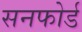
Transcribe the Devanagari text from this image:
सनफोर्ड